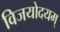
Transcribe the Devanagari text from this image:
विजयोदयम्